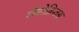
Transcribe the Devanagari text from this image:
रोतोक्रितस